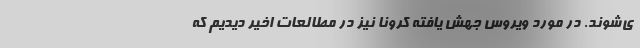
ی‌شوند. در مورد ویروس جهش یافته کرونا نیز در مطالعات اخیر دیدیم که